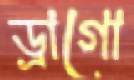
ড্রাগো